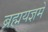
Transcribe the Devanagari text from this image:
ब्रह्मयज्ञमे